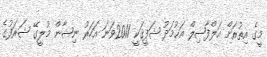
މީގެ އިތުރަށް އަލްފާޟިލް އަޙުމަދު ޝަފީޤަކީ 2011ވަނަ އަހަރު ނިޝާން މުލީގޭ ޝަރަފުގެ